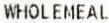
WHOLEMEAL